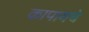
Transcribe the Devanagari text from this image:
कापायचे